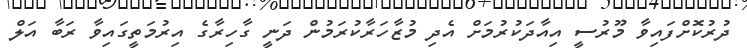
ދުރުކޮށްފައިވާ މޫރުސީ އިއާދަކުރުމަށް އެދި މުޒާހަރާކުރަމުން ދަނީ ގާހިރާގެ އިރުމަތީގައިވާ ރަބާ އަލް